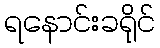
ရနောင်းခရိုင်